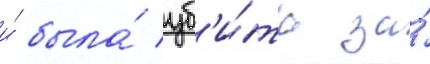
и́ была́ уб'и́та за́